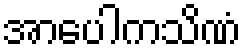
အာပေါကသိဏံ